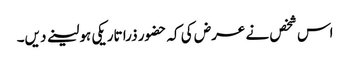
اس شخص نے عرض کی کہ حضور ذرا تاریکی ہو لینے دیں۔